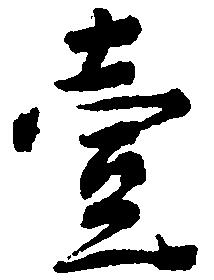
壱